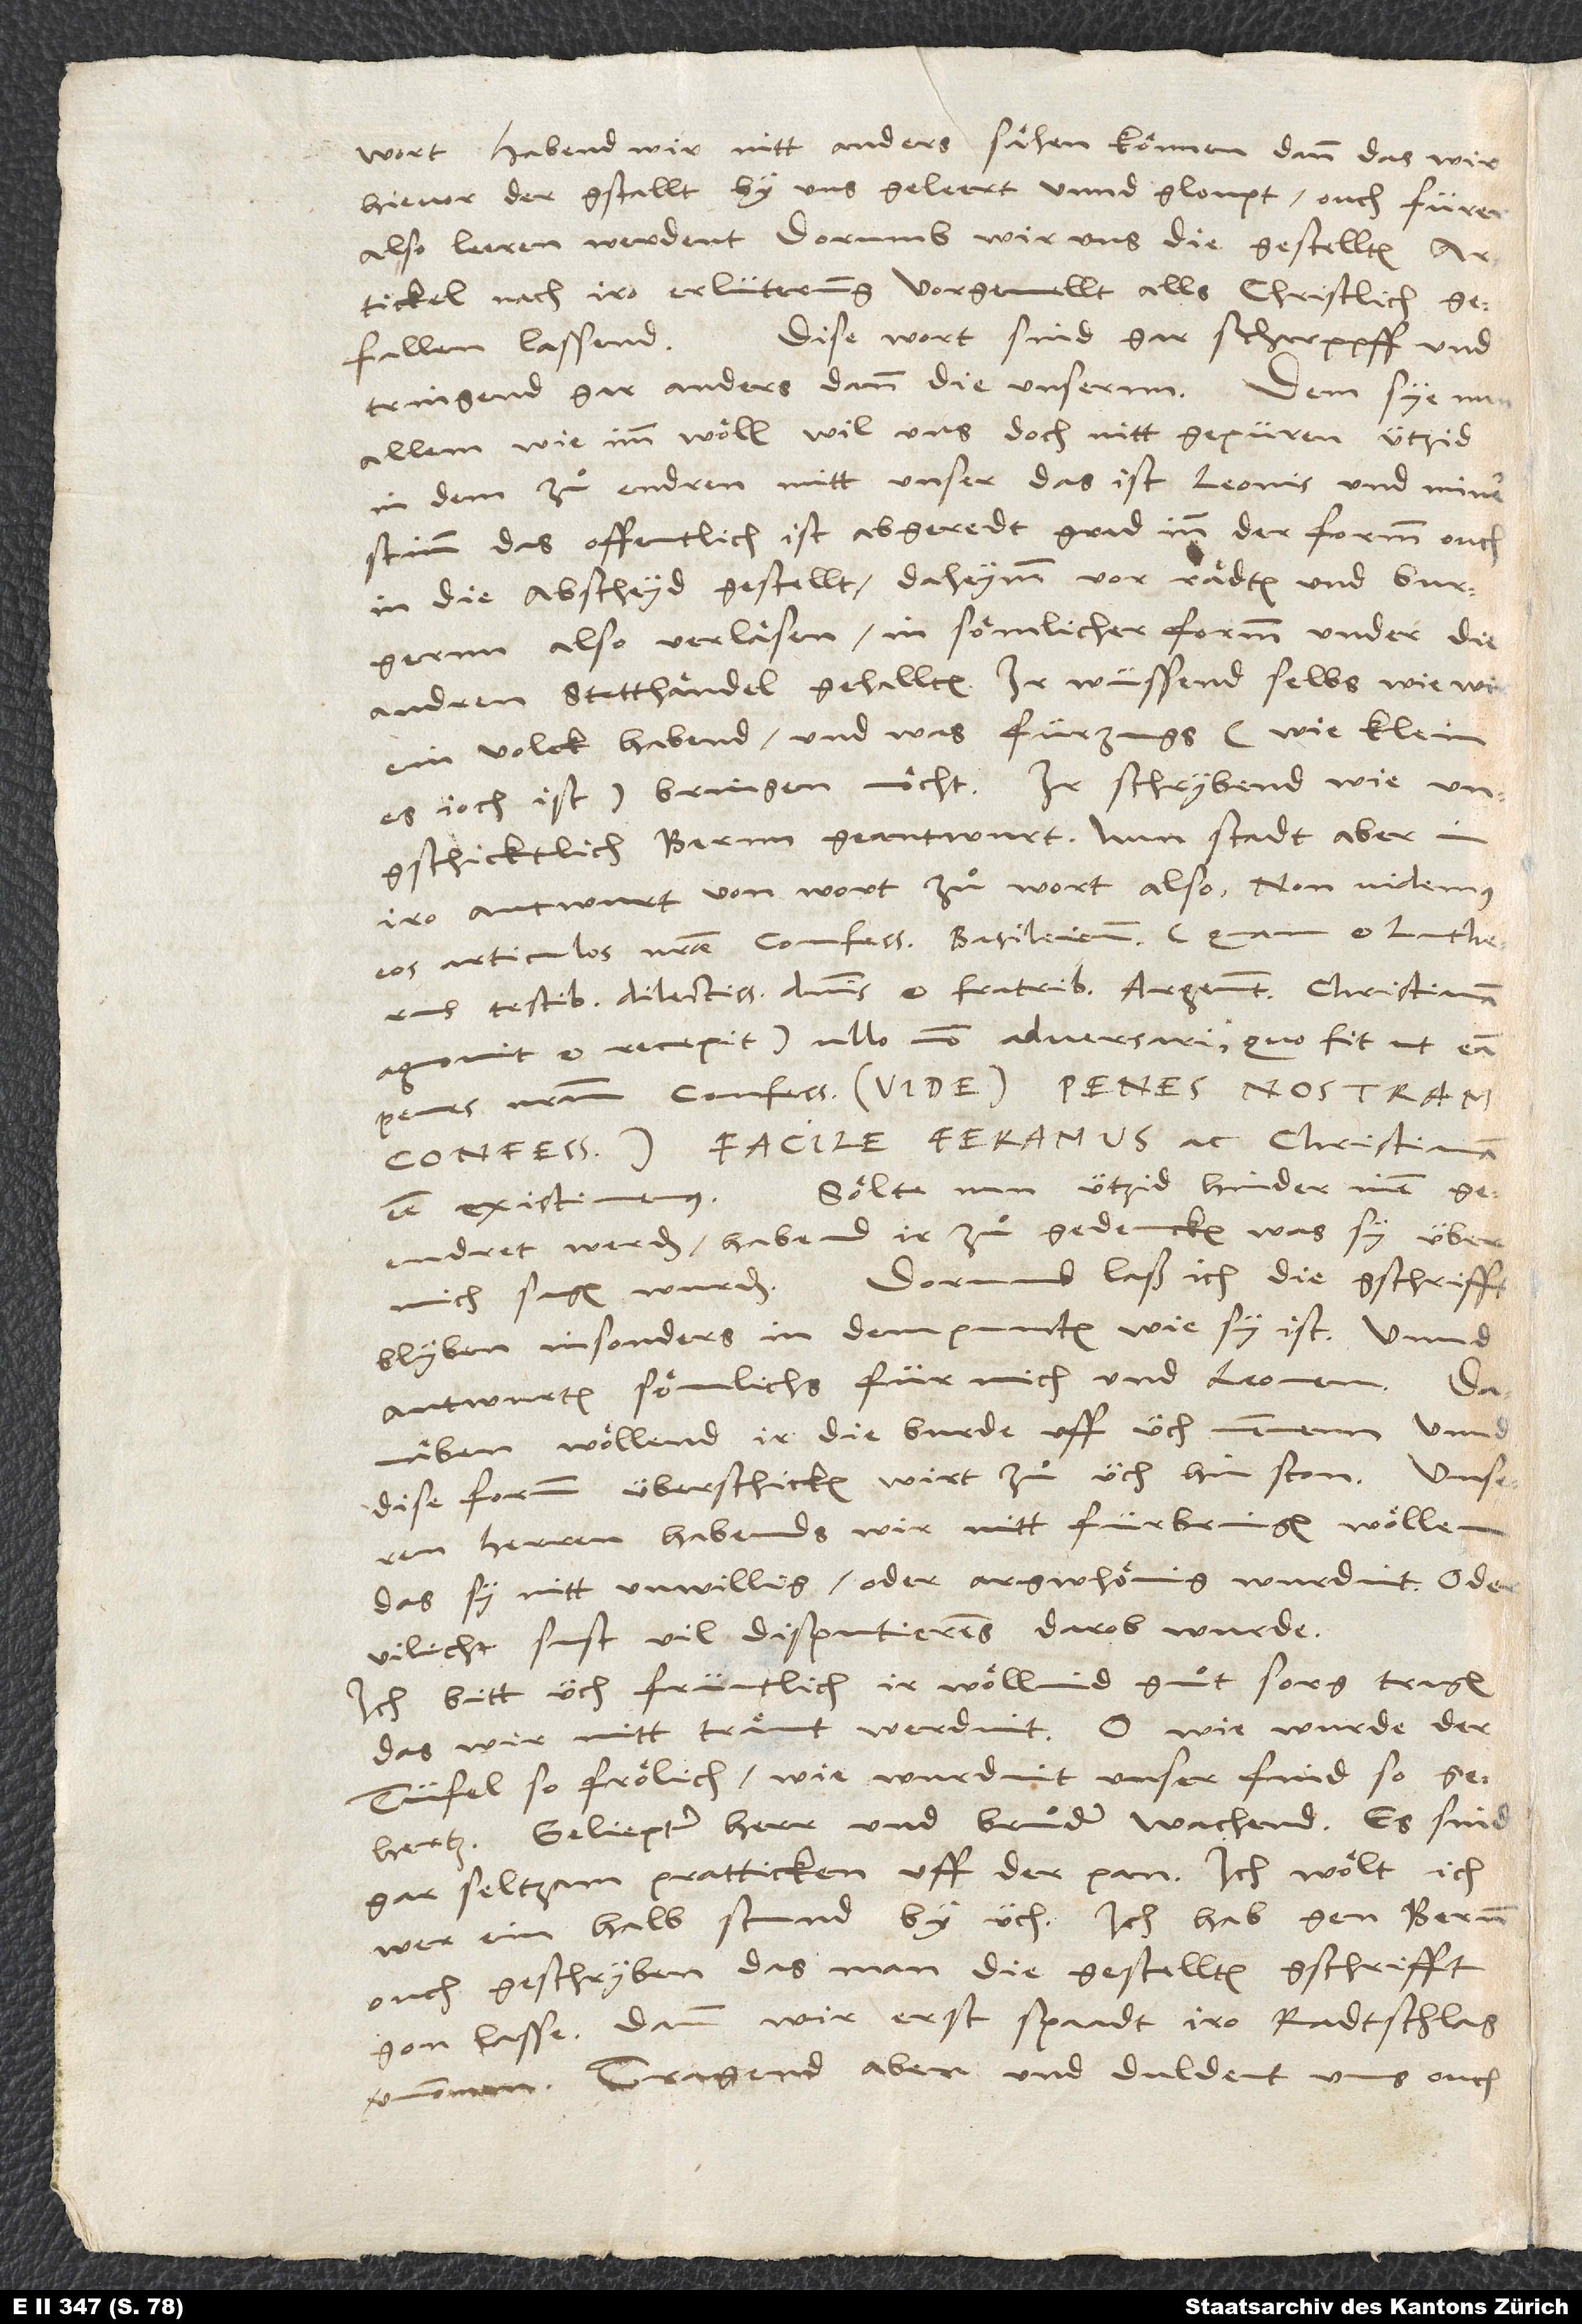
wort: "habend wir nitt anders sähen können, dann das wir
hievor der gstallt by uns geleert unnd gloupt, ouch fürer
also leeren werdent, dorumb wir uns die gestellten
artickel nach iro erlüterung vorgemellt alls christlich
Dise wort sind gar scharppff und
gefallen lassend."
tringend gar anders dann die unsernn. Dem sye nun
allem, wie imm wöll, wil uns doch nitt gepüren, ützid
dem zu endren mitt unser, das ist Leonis und miner
stimm, das offentlich ist abgeredt, grad inn der formm ouch
in die abscheyd gestellt, daheymm vor rädten und burgernn
also verläsen, in sömlicher formm under die
andren statthändel gehallten. Ir wüssend selbs, wie wir
ein volck habend, und was fürzugs, wie klein
es joch ist, bringen möcht. Ir schrybend, wie
ungschicktlich Bernn geantwurt. Nun stadt aber in
iro antwurt von wort zu wort also: "Non videmus
eos articulos nostrae confessioni Basileiensi (quam et Lutherus
testibus dilectissmis dominis et fratribus Argentinensibus christianam
agnovit et recepit) ullo modo adversari, quo fit, ut eam
penes nostram confessionem (vide: penes nostram
confessionem) facile feramus ac christianam
Sölte nun ützid hinder inen
esse existimemus."
geendret werden, habend ir zu gedencken, was sy über
mich sagen wurden. Dorumb laß ich die gschrifft
blyben, insonders in dem puncten, wie sy ist, unnd
antwurten sömlichs für mich und Leonem.
Danäben, wöllend ir die burde uff Üch nemmenn unnd
dise formm überschicken, wirt zd üch hin ston. Unseren
herren habends wir nitt fürbringen wöllen,
das sy nitt unwillig oder argwhönig wurdint oder
vilicht sust vil disputierens darob wurde.
Ich bitt üch früntlich, ir wöllind gut sorg tragen,
das wir nitt tränt werdint. O wie wurde der
tüfel so frölich, wie wurdint unser find so
gehertz! Geliepter herr und bruder, wachend! Es sind
gar seltzam pratticken uff der pan. Ich wölt, ich
wer ein halb stund by üch. Ich hab gen Bernn
ouch geschryben, das man die gestellten gschrifft
gon lasse. Dann wir erst spaadt iro radtschleg
vernommen. Tragend aber und duldent uns ouch.